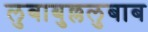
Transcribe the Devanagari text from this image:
लुबाबुल्ललुबाब